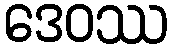
ဒေဝဿ